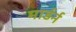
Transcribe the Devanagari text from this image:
मार्डर्न